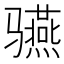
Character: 𱅬